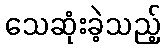
သေဆုံးခဲ့သည့်